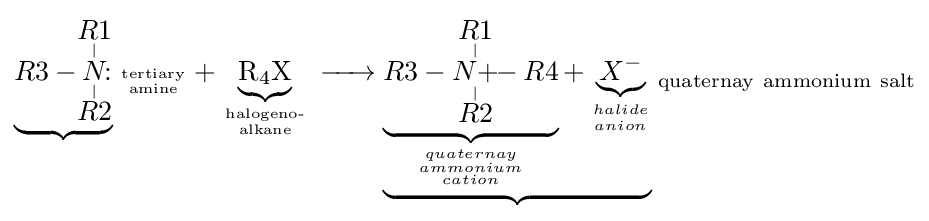
{\ce {\underbrace {R3-\!\!{\overset {\displaystyle R1 \atop |}{\underset {| \atop \displaystyle R2}{N}}}\!\!\!\!:} _{tertiary \atop amine}}}+\underbrace {\ce {R4X}} _{{\text{halogeno-}} \atop {\text{alkane}}}{\ce {->\underbrace {\underbrace {R3-{\overset {\displaystyle R1 \atop |}{\underset {| \atop \displaystyle R2}{N+}}}\!\!-R4} _{{quaternay \atop ammonium} \atop cation}+\underbrace {X^{-}} _{halide \atop anion}} _{quaternay\ ammonium\ salt}}}